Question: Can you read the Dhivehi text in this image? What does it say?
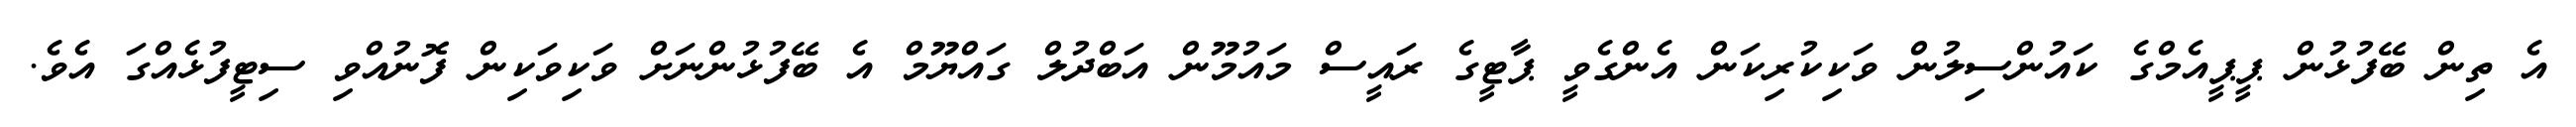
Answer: އެ ތިން ބޭފުޅުން ޕީޕީއެމްގެ ކައުންސިލުން ވަކިކުރިކަން އެންގެވީ ޕާޓީގެ ރައީސް މައުމޫން އަބްދުލް ގައްޔޫމް އެ ބޭފުޅުންނަށް ވަކިވަކިން ފޮނުއްވި ސިޓީފުޅެއްގަ އެވެ.